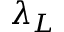
\lambda _ { L }